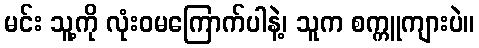
မင်း သူ့ကို လုံးဝမကြောက်ပါနဲ့၊ သူက စက္ကူကျားပဲ။